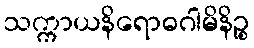
သက္ကာယနိရောဓဂါမိနိဉ္စ